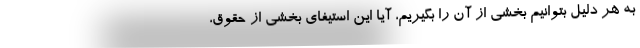
به هر دلیل بتوانیم بخشی از آن را بگیریم، آیا این استیفای بخشی از حقوق،